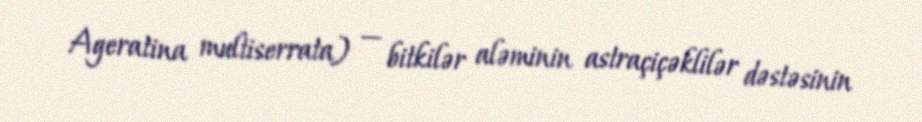
Ageratina multiserrata) — bitkilər aləminin astraçiçəklilər dəstəsinin